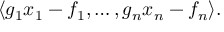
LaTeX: \langle g _ { 1 } x _ { 1 } - f _ { 1 } , \ldots , g _ { n } x _ { n } - f _ { n } \rangle .